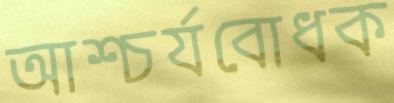
আশ্চর্যবোধক